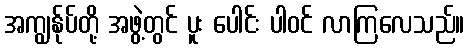
အကျွန်ုပ်တို့ အဖွဲ့တွင် ပူး ပေါင်း ပါဝင် လာကြလေသည်။